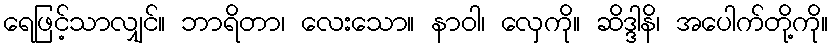
ရေဖြင့်သာလျှင်။ ဘာရိတာ၊ လေးသော။ နာဝါ၊ လှေကို။ ဆိဒ္ဒါနိ၊ အပေါက်တို့ကို။